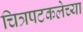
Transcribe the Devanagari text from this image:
चित्रपटकलेच्या